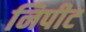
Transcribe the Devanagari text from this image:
निपीट